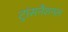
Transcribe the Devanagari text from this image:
ट्रांसनैशनल